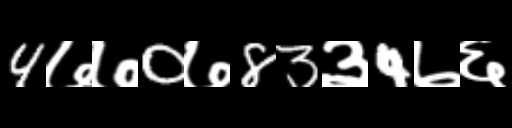
Text: 4७७0७83३4७६